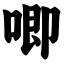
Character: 唧